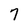
Character: 7